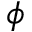
\phi